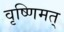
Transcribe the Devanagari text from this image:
वृष्णिमत्